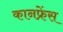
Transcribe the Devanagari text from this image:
कानफ्रेंस